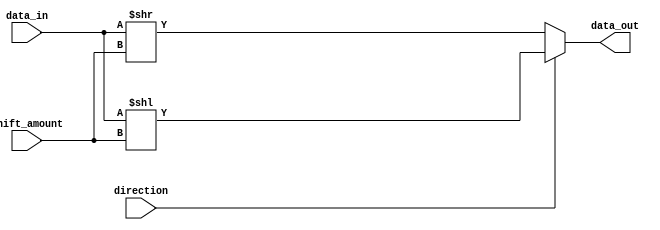
module barrel_shifter (
    input [7:0] data_in,
    input [2:0] shift_amount,
    input direction,
    output reg [7:0] data_out
);

always @ (data_in or shift_amount or direction)
begin
    if (direction == 1'b0) // shift right
        data_out = data_in >> shift_amount;
    else // shift left
        data_out = data_in << shift_amount;
end

endmodule